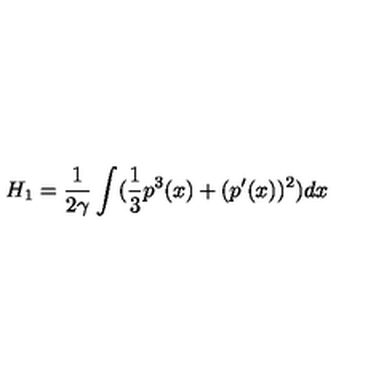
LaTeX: H _ { 1 } = \frac { 1 } { 2 \gamma } \int ( \frac { 1 } { 3 } p ^ { 3 } ( x ) + ( p ^ { \prime } ( x ) ) ^ { 2 } ) d x